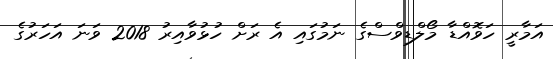
އަމާރީ ހަވޮއްޑާ މޯލްޑިވްސްގެ ނަމުގައި އެ ރަށް ހުޅުވާއިރު 2018 ވަނަ އަހަރުގެ